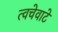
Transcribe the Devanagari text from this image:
त्वचेवाटे